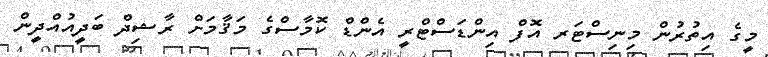
މީގެ އިތުރުން މިނިސްޓަރ އޮފް އިންޑަސްޓްރީ އެންޑް ކޮމާސްގެ މަޤާމަށް ރާޝިދް ބަދީއުއްދީން